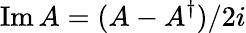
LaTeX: \operatorname{Im}A=(A-A^{\dagger})/2i